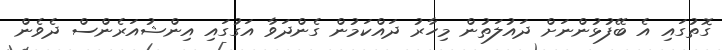
ގޮތުގައި އެ ބޭފުޅުންނަށް ދައުލަތުން މިހާރު ދައްކަމުން ގެންދަވާ އަގުގައި އިންޝުއަރެންސް ދެވެން